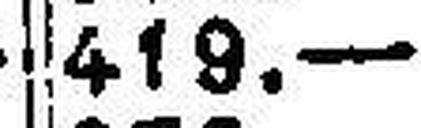
419.—